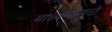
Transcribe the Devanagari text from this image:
माध्यमामुळे